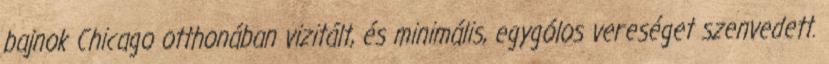
bajnok Chicago otthonában vizitált, és minimális, egygólos vereséget szenvedett.